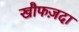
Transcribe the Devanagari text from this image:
खौफज़दा